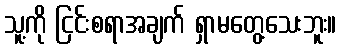
သူ့ကို ငြင်းစရာအချက် ရှာမတွေ့သေးဘူး။